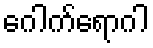
ဂေါက်ရောဂါ